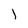
Character: j